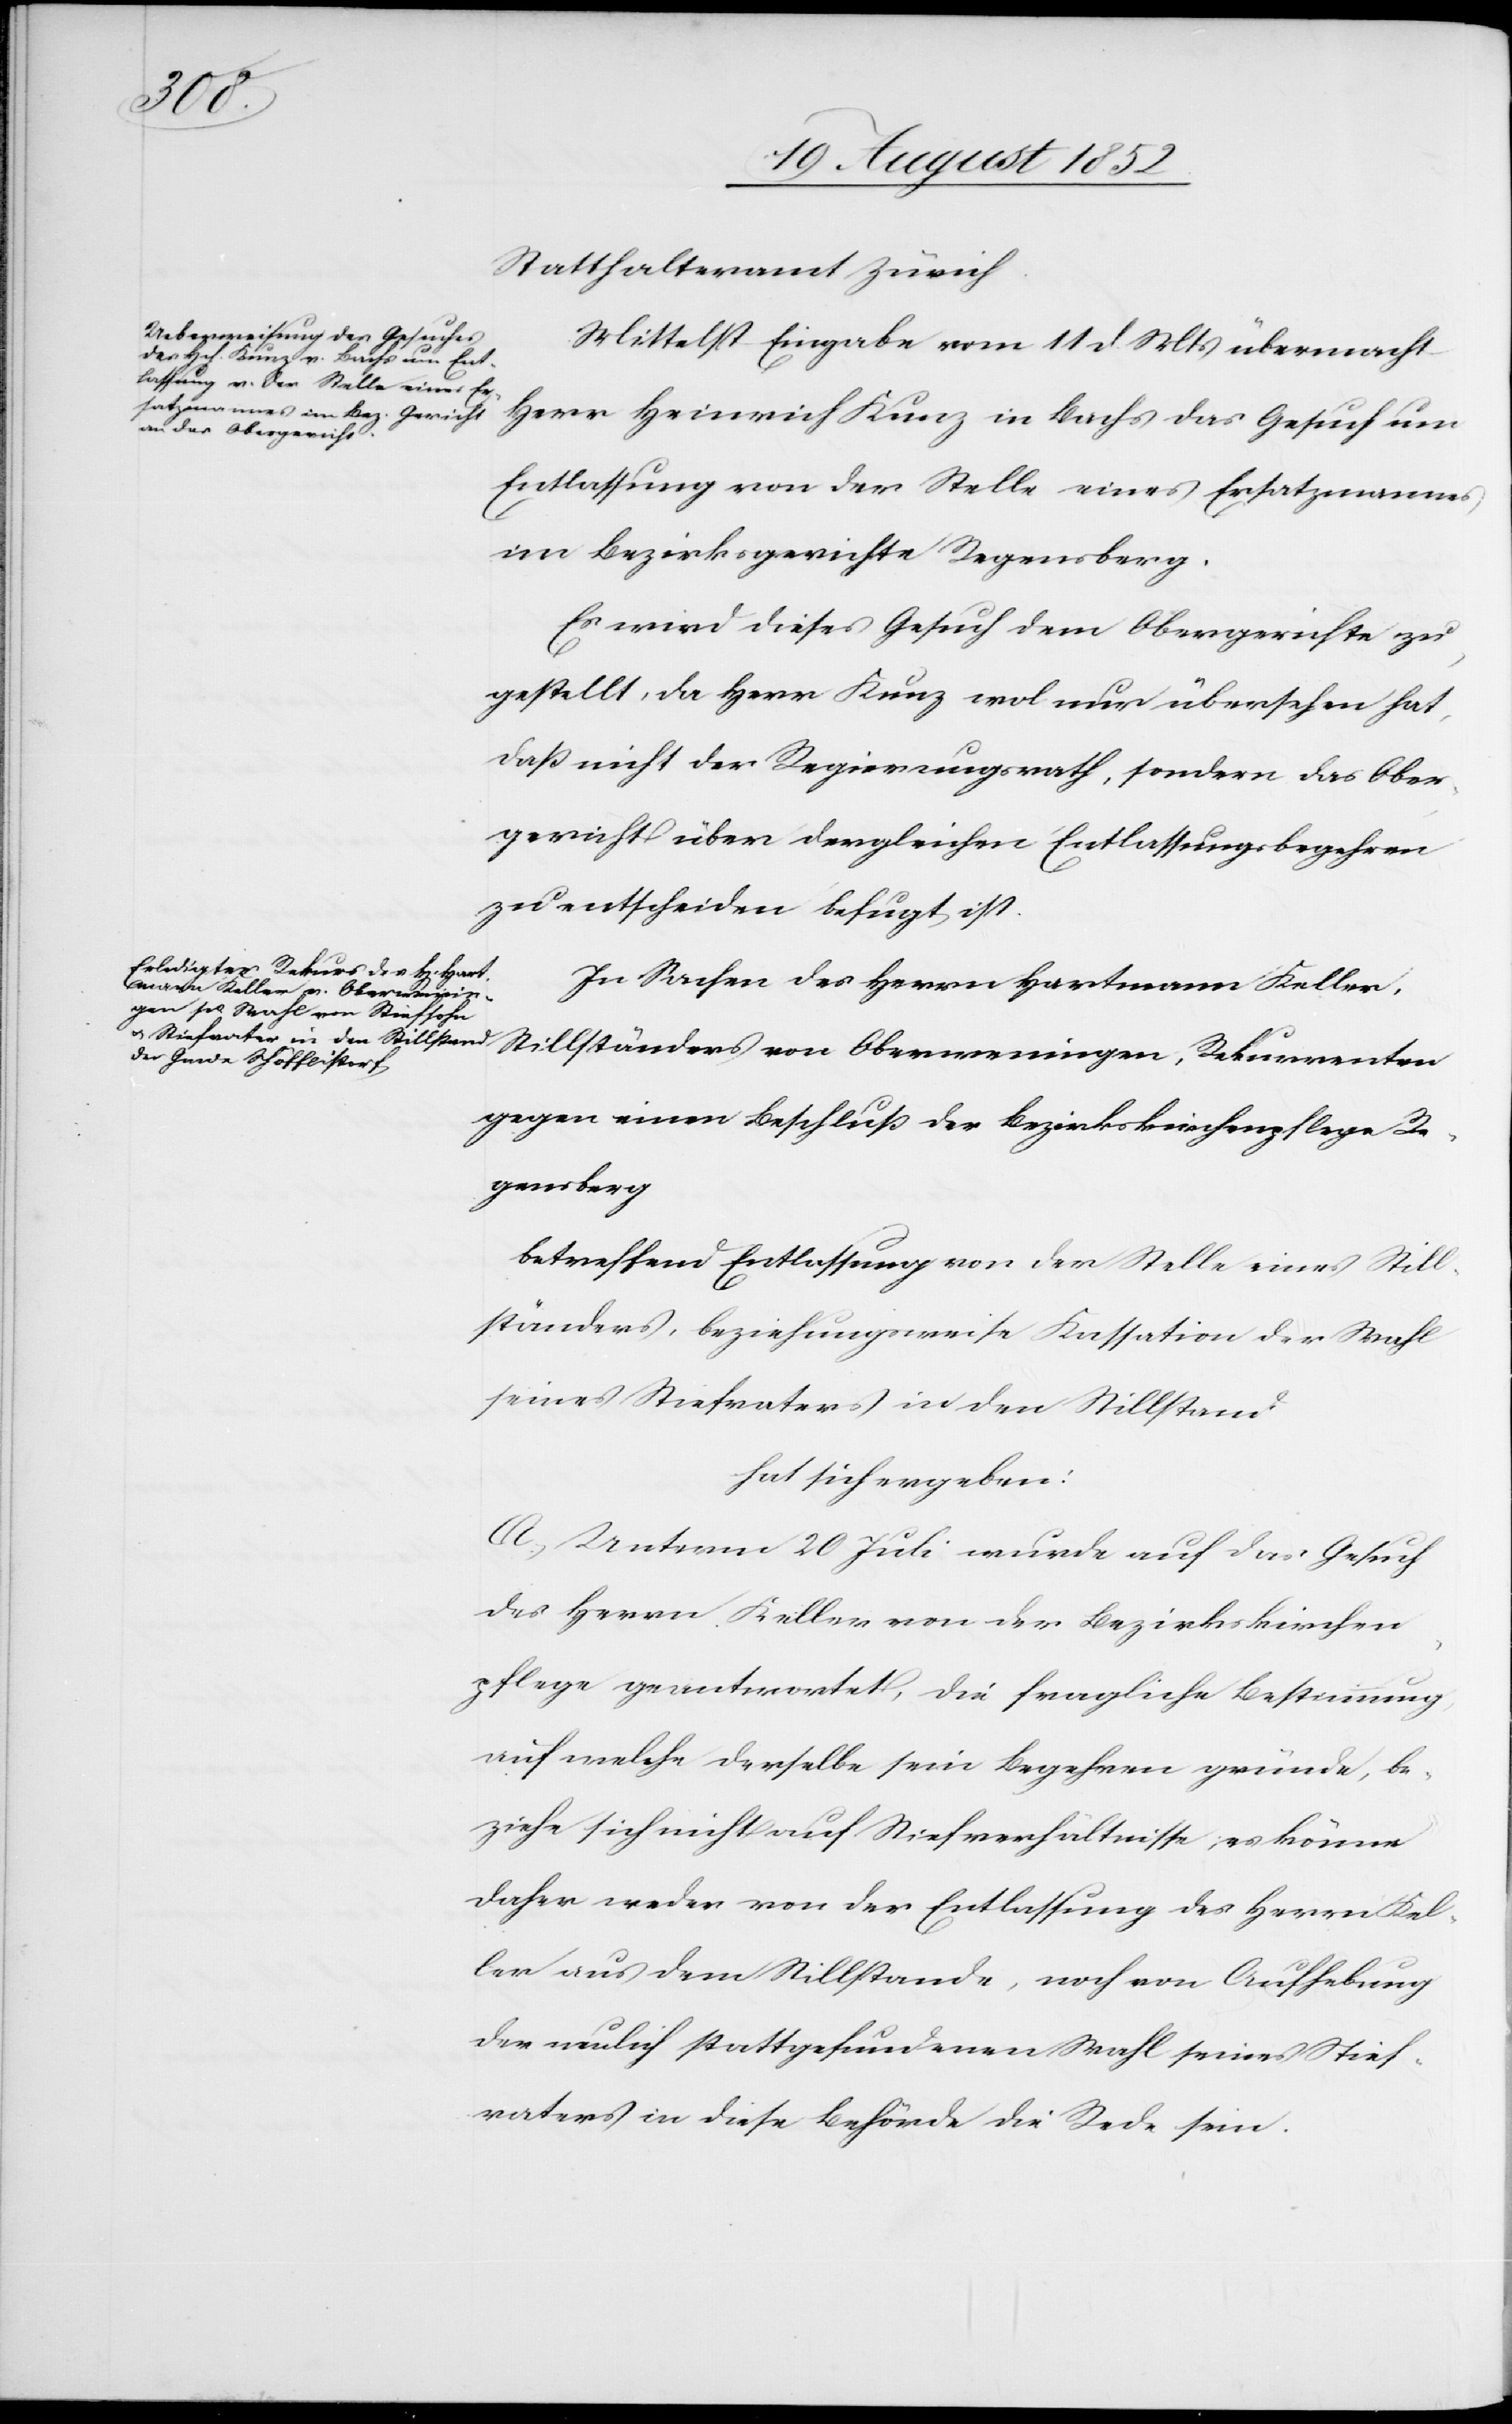
Statthalteramt Zürich.
Mittelst Eingabe vom 11 d. Mts übermacht
Herr Heinrich Kunz in Bachs das Gesuch um
Entlassung von der Stelle eines Ersatzmannes
im Bezirksgerichte Regensberg.
Es wird dieses Gesuch dem Obergerichte zu¬
gestellt, da Herr Kunz wo[h]l nur übersehen hat,
daß nicht der Regierungsrath, sondern das Ober¬
gericht über dergleichen Entlassungsbegehren
zu entscheiden befugt ist.
In Sachen des Herrn Hartmann Keller,
von Oberweningen, Rekurrenten
gegen einen Beschluß der Bezirkskirchenpflege Re¬
gensberg
betreffend Entlassung von der Stelle eines Still¬
ständers, beziehungsweise Kassation der Wahl
seines Stiefvaters in den Stillstand
hat sich ergeben:
A, Unterm 20 Juli wurde auf das Gesuch
des Herrn Keller von der Bezirkskirchen¬
pflege geantwortet, die fragliche Bestimmung,
auf welche derselbe sein Begehren gründe, be¬
ziehe sich nicht auf Stiefverhältnisse; es könne
daher weder von der Entlassung des Herrn Kel¬
ler aus dem Stillstande, noch von Aufhebung
der neulich stattgefundenen Wahl seines Stief¬
vaters in diese Behörde die Rede sein.